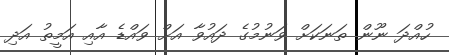
ހުއްދަ ނޫން ތަނަކަށް ވަނުމުގެ ދައުވާ އަށް ވައްޑެ އާއި އަމީތު އަދި